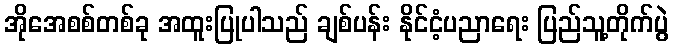
အိုအေစစ်တစ်ခု အထူးပြုပါသည် ချစ်ပန်း နိုင်ငံ့ပညာရေး ပြည်သူ့တိုက်ပွဲ